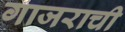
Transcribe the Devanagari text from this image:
गाजराची